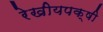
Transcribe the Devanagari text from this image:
रेखीयपक्षी